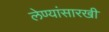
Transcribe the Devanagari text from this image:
लेण्यांसारखी